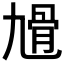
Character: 𩨔